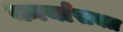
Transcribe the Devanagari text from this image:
कार्यासक्त